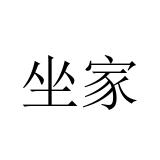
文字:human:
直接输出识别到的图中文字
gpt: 坐家